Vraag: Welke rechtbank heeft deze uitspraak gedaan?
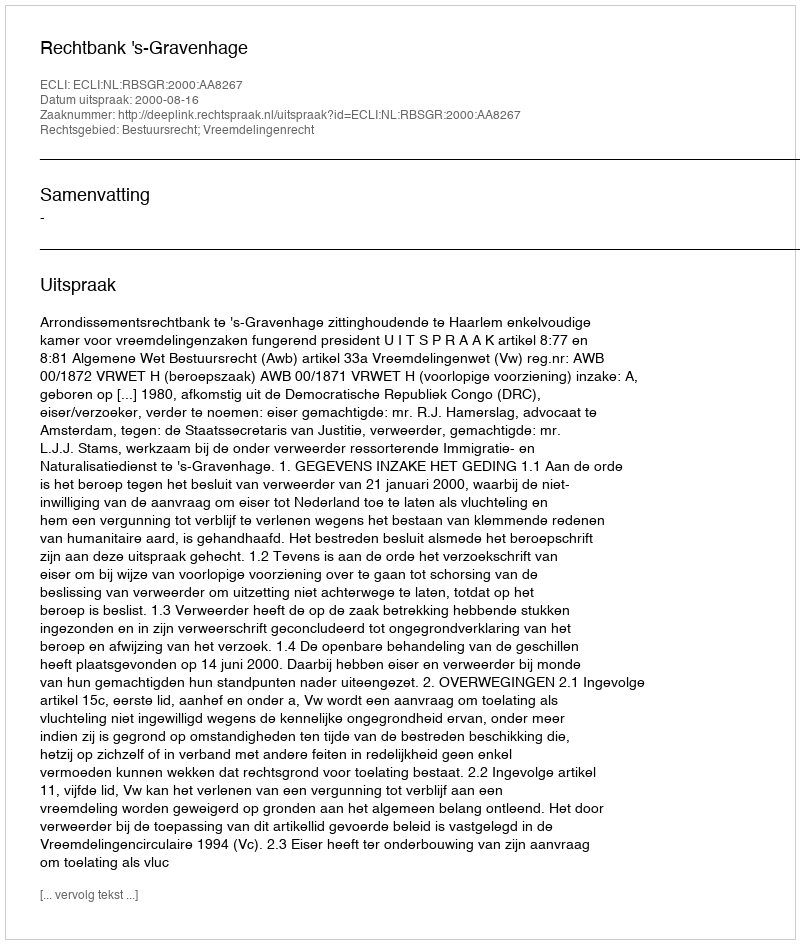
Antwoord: Rechtbank 's-Gravenhage